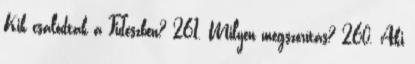
Kik csalódtak a Fideszben? 261. Milyen megszorítás? 260. Aki